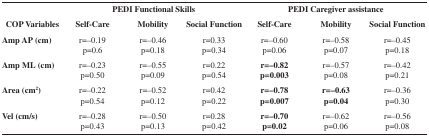
|  | <COLSPAN=3> PEDI Functional Skills | <COLSPAN=3> PEDI Caregiver assistance |
 | COP Variables | Self-Care | Mobility | Social Function | Self-Care | Mobility | Social Function |
 | --- | --- | --- | --- | --- | --- | --- |
 | Amp AP (cm) | r=–0.19 p=0.6 | r=–0.46 p=0.18 | r=0.33 p=0.34 | r=–0.60 p=0.06 | r=–0.58 p=0.07 | r=–0.45 p=0.18 |
 | Amp ML (cm) | r=–0.23 p=0.50 | r=–0.55 p=0.09 | r=0.22 p=0.54 | r=–0.82p=0.003 | r=–0.57 p=0.08 | r=–0.42 p=0.21 |
 | Area (cm2) | r=–0.22 p=0.54 | r=–0.52 p=0.12 | r=0.42 p=0.22 | r=–0.78p=0.007 | r=–0.63p=0.04 | r=–0.36 p=0.30 |
 | Vel (cm/s) | r=–0.28 p=0.43 | r=–0.50 p=0.13 | r=0.28 p=0.42 | r=–0.70p=0.02 | r=–0.62 p=0.06 | r=–0.56 p=0.08 |